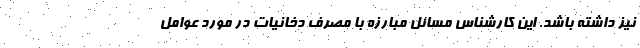
نیز داشته باشد. این کارشناس مسائل مبارزه با مصرف دخانیات در مورد عوامل